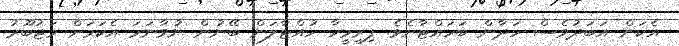
އެކަން އަބަދުވެސް ހަދާން ބަހައްޓާށެވެ. ފިރިމީހާ ހުއްޓާލަން ބޭނުން ނުވާނަމަ އެކަމަށް މަޖުބޫރު